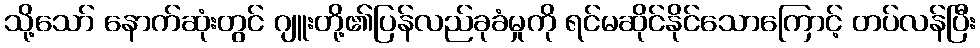
သို့သော် နောက်ဆုံးတွင် ဂျူးတို့၏ပြန်လည်ခုခံမှုကို ရင်မဆိုင်နိုင်သောကြောင့် တပ်လန်ပြီး